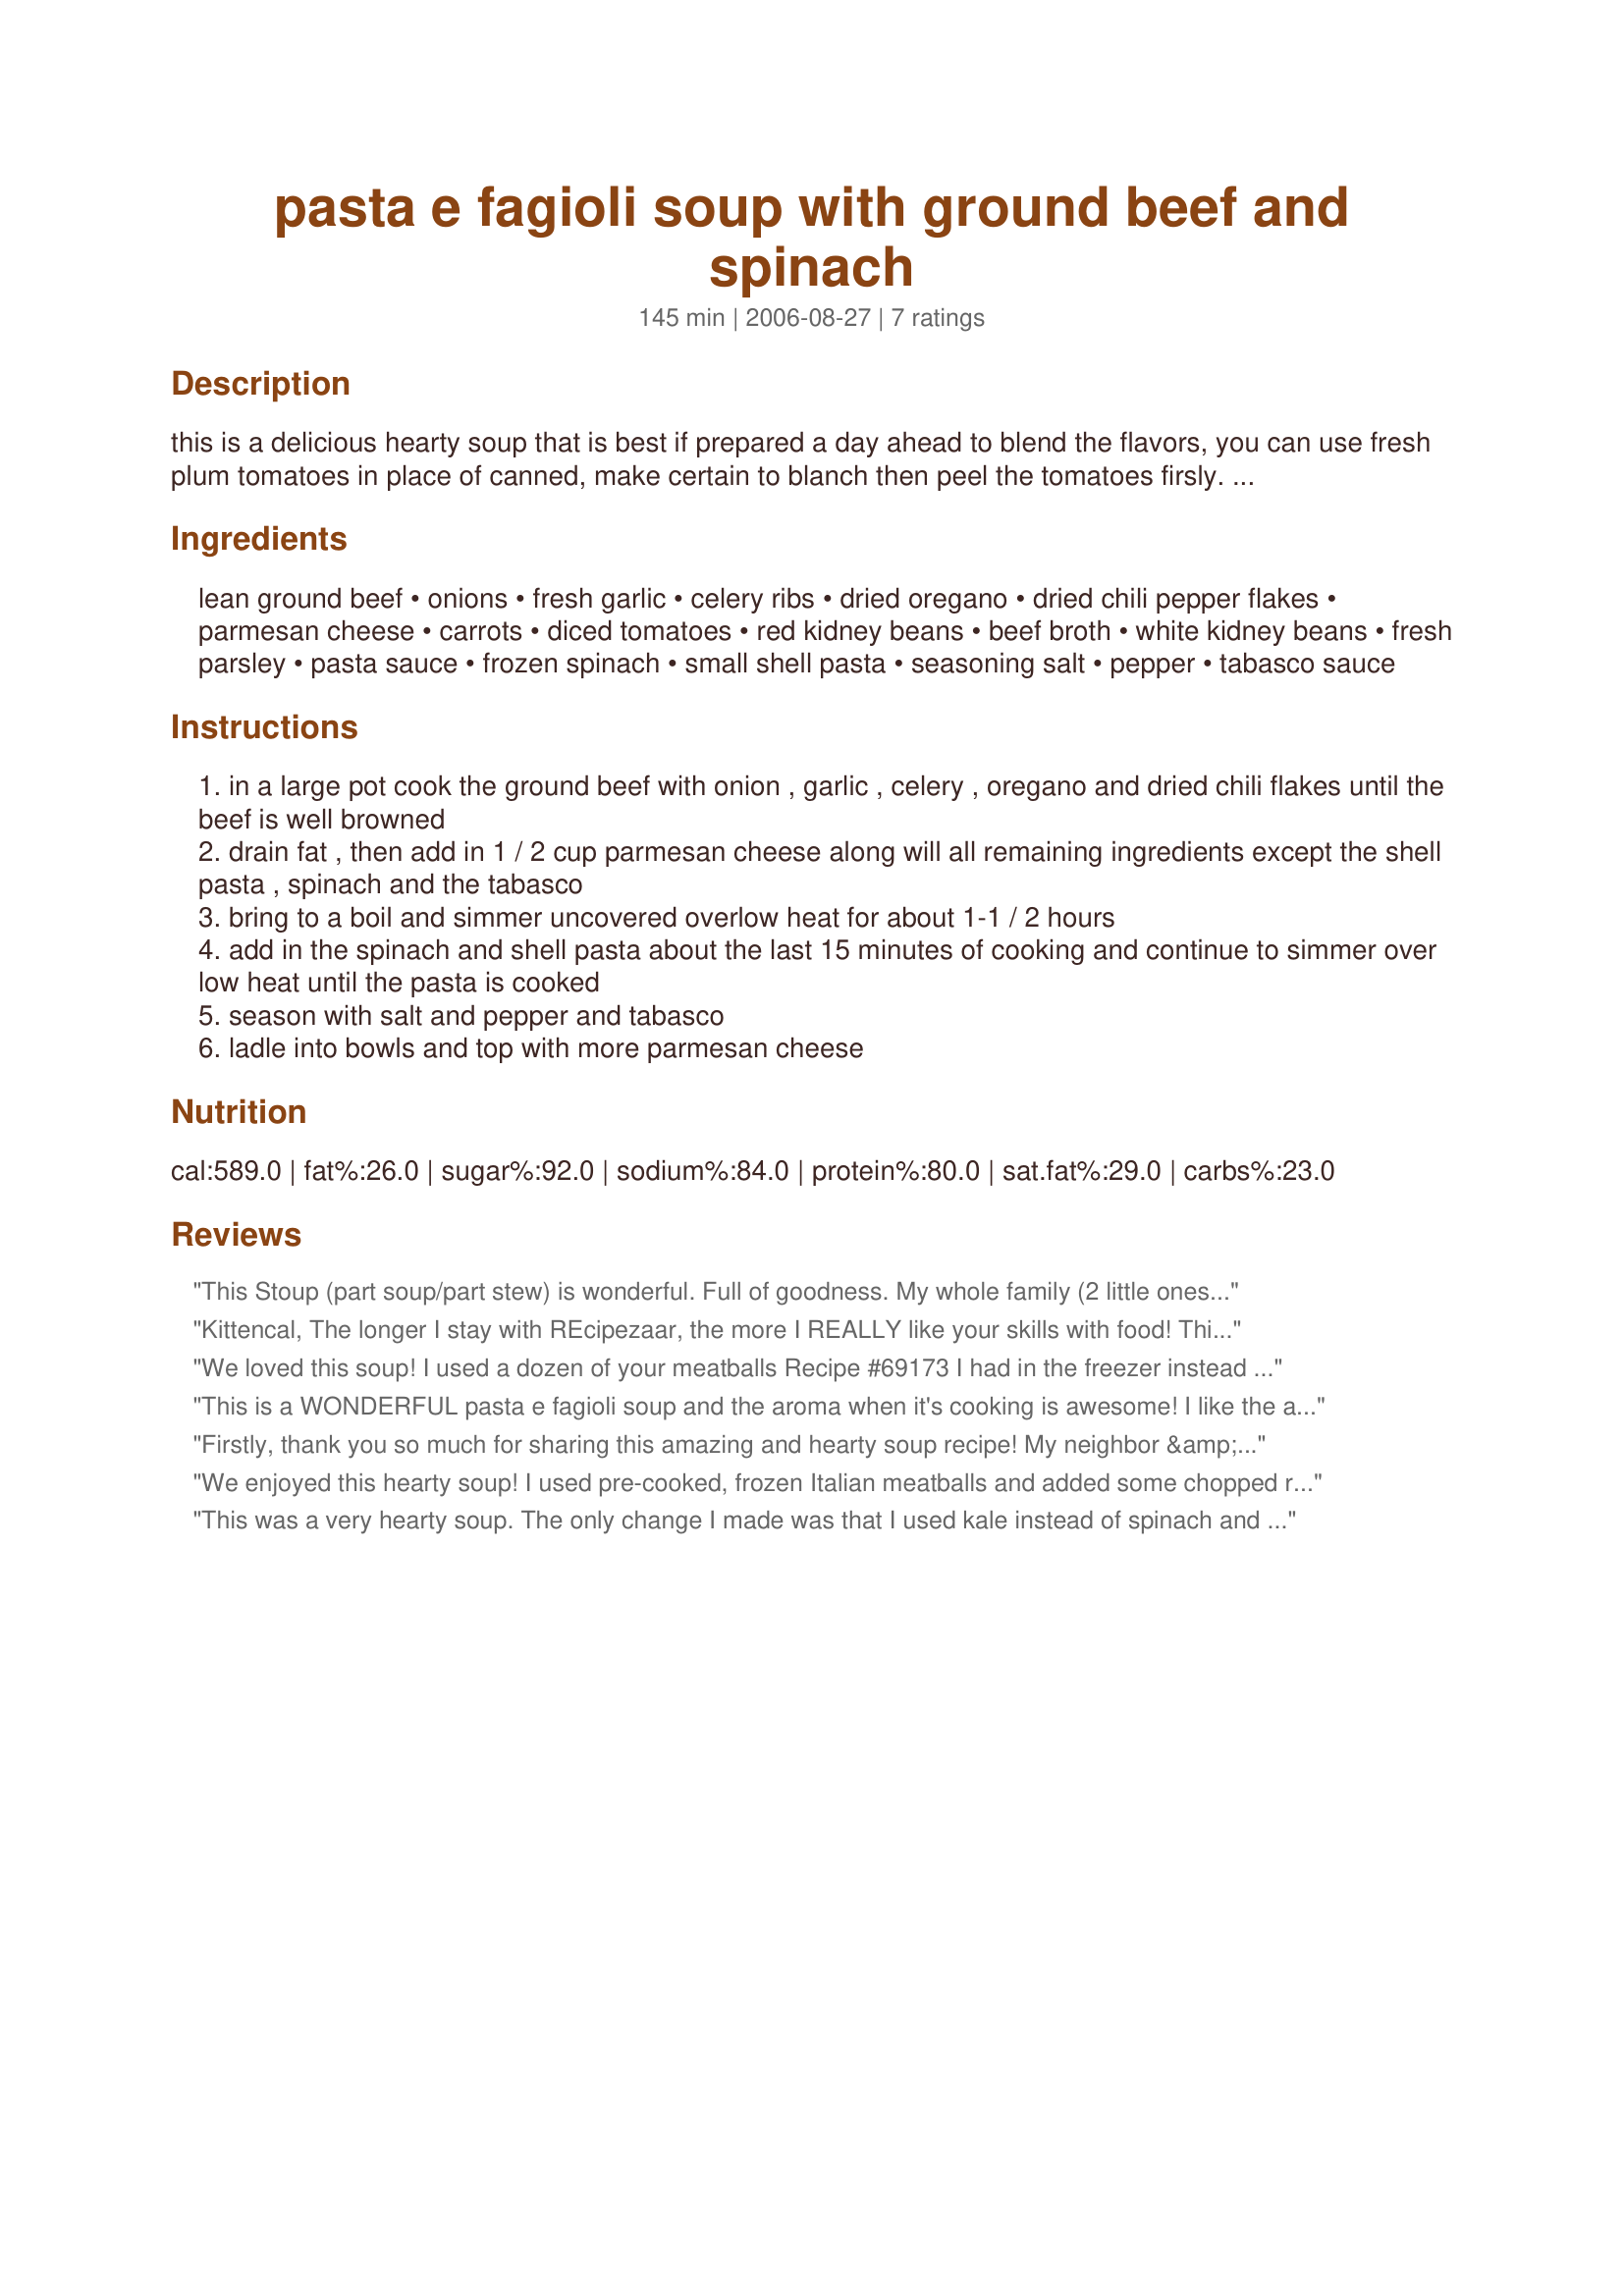
pasta e fagioli soup with ground beef and spinach
Preparation time: 145 minutes

this is a delicious hearty soup that is best if prepared a day ahead to blend the flavors, you can use fresh plum tomatoes in place of canned, make certain to blanch then peel the tomatoes firsly. use your own favorite pasta sauce for this, homemade or purchased, if you like more beans then add in more! this makes a lot of soup but you can reduce to half or freeze for another meal. it is important to simmer this soup over a low heat uncovered for a longer time so that the soup will reduce and thicken and the flavors blend together, the longer it is simmered the better it will be, this soup can also be made in a crockpot but you will need to brown the beef with veggies in a skillet firstly --- the spinach may be replaced with zucchini or use both --- you will love this soup!

Ingredients:
lean ground beef, onions, fresh garlic, celery ribs, dried oregano, dried chili pepper flakes, parmesan cheese, carrots, diced tomatoes, red kidney beans, beef broth, white kidney beans, fresh parsley, pasta sauce, frozen spinach, small shell pasta, seasoning salt, pepper, tabasco sauce

Steps:
in a large pot cook the ground beef with onion , garlic , celery , oregano and dried chili flakes until the beef is well browned
drain fat , then add in 1 / 2 cup parmesan cheese along will all remaining ingredients except the shell pasta , spinach and the tabasco
bring to a boil and simmer uncovered overlow heat for about 1-1 / 2 hours
add in the spinach and shell pasta about the last 15 minutes of cooking and continue to simmer over low heat until the pasta is cooked
season with salt and pepper and tabasco
ladle into bowls and top with more parmesan cheese

Reviews:
This Stoup (part soup/part stew) is wonderful. Full of goodness. My whole family (2 little ones included) loved it. I shared it with a friend who has a house full of PICKY eaters and they all loved it. Also - make sure to freeze some. I left out the Tabasco sauce there was plenty of bite to it already. They only negative point was the pasta turned out to mushy. Next time would add it for the last 10 minutes, not 25 min. per the recipe. Thank you!
Kittencal, The longer I stay with REcipezaar, the more I REALLY like your skills with food! This is a fabulous soup and relatively inexpensive to make and freeze. I substituted fresh cilantro as I had no oregano in the house, and it seemed to mix well with the red pepper flakes. When reheating, I find it great to add more beef broth, too. Thank you, thank you, thank you!!
We loved this soup! I used a dozen of your meatballs Recipe #69173 I had in the freezer instead of the ground beef and also subbed some leftover garbanzo beans for the other beans. We had some friends over and ate the whole pot! Thanks for posting!
This is a WONDERFUL pasta e fagioli
soup and the aroma when it's cooking is awesome! I like the addition of spinach to an already healthy soup too. I added a tablespoon of basil ( love the stuff) and used 2 cans each of the beans, two 24 oz. jars of tomato- basil pasta sauce.and used ditalini pasta.Thanks for sharing a recipe that I'll be making often this winter!
Firstly, thank you so much for sharing this amazing and hearty soup recipe! My neighbor &amp; I often deliver a &quot;tasting sampler&quot; of whatever is on our table . She has given me this soup several times so I decided to make one for myself. It turned out absolutely delectable! Very nice &amp; comforting on a chilly day but I have found that it serves just as well at room temperature in the warmer months. Thanks again for sharing!
We enjoyed this hearty soup! I used pre-cooked, frozen Italian meatballs and added some chopped red &amp; green bell peppers, along with about 4 oz. chopped fresh spinach I had on hand.
This was a very hearty soup. The only change I made was that I used kale instead of spinach and I served the soup with a very crusty bread from Panera (yum). I made only half a recipe which was plenty. DH and I had two meals and I froze the rest. Thanks for the recipe. We'll be making again.
